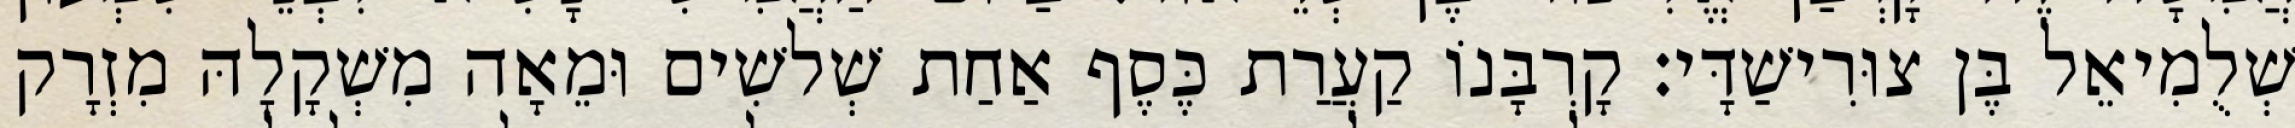
שְׁלֻמִיאֵל בֶּן צוּרִישַׁדָּי׃ קָרְבָּנוֹ קַעֲרַת כֶּסֶף אַחַת שְׁלשִׁים וּמֵאָה מִשְׁקָלָהּ מִזְרָק